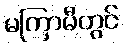
မကြာမီတွင်